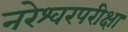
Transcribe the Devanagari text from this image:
नरेश्वरपरीक्षा